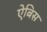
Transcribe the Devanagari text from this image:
ऐबिस